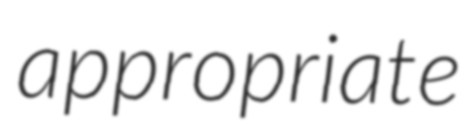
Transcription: appropriate